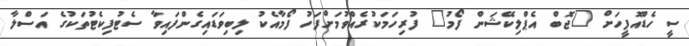
ސީ ހެޑްއޮފީހަށް "ޖޮބް އެޕްލިކޭޝަން ފޯމު" ފުރިހަމަކުރެއްވުމަށްފަހު ފޯމާއެކު ލިބިވަޑައިގެންފައިވާ ސެޓުފިކެޓުތަކުގެ އަސްލާ